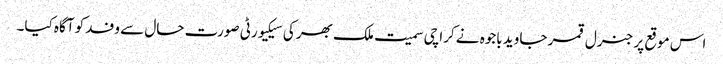
اس موقع پر جنرل قمر جاوید باجوہ نے کراچی سمیت ملک بھر کی سیکیورٹی صورت حال سے وفد کو آگاہ کیا۔